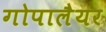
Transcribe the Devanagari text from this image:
गोपालैयर